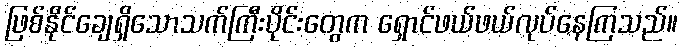
ဖြစ်နိုင်ချေရှိသောသက်ကြီးပိုင်းတွေက ရှောင်ဖယ်ဖယ်လုပ်နေကြသည်။